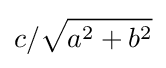
c/{\sqrt {a^{2}+b^{2}}}